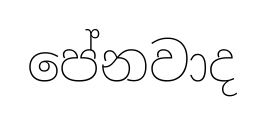
පේනවාද